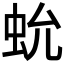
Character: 𧉃